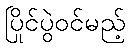
ပြိုင်ပွဲဝင်မည့်